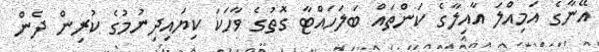
އޭނާގެ އަމިއްލަ އާއިލާގެ ކަންތައް ބަލަހައްޓާ ގޮތުގެ ވާހަކަ ކިޔައިދިނުމުގެ ކުރިން ދެން